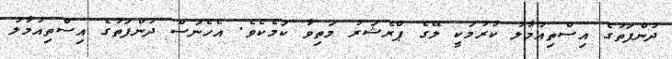
ދުންފަތުގެ އިސްތިއުމާލު ކުރުމަކީ ލޭގެ ޕްރެޝަރު މަތިވާ ކަމެކެވެ. އެހެނަސް ދުންފަތުގެ އިސްތިއުމާލު